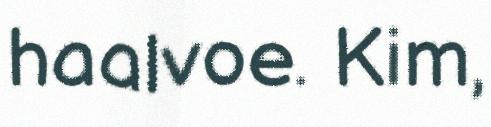
haalvoe. Kim,